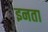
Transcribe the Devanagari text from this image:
इनता